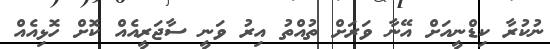
ނުކުރާ ކިޑްނީއަށް އޭނާ ވަރަށް ތުއްތު އިރު ވަނީ ސާޖަރީއެއް ކޮށް ހޮޅިއެއް